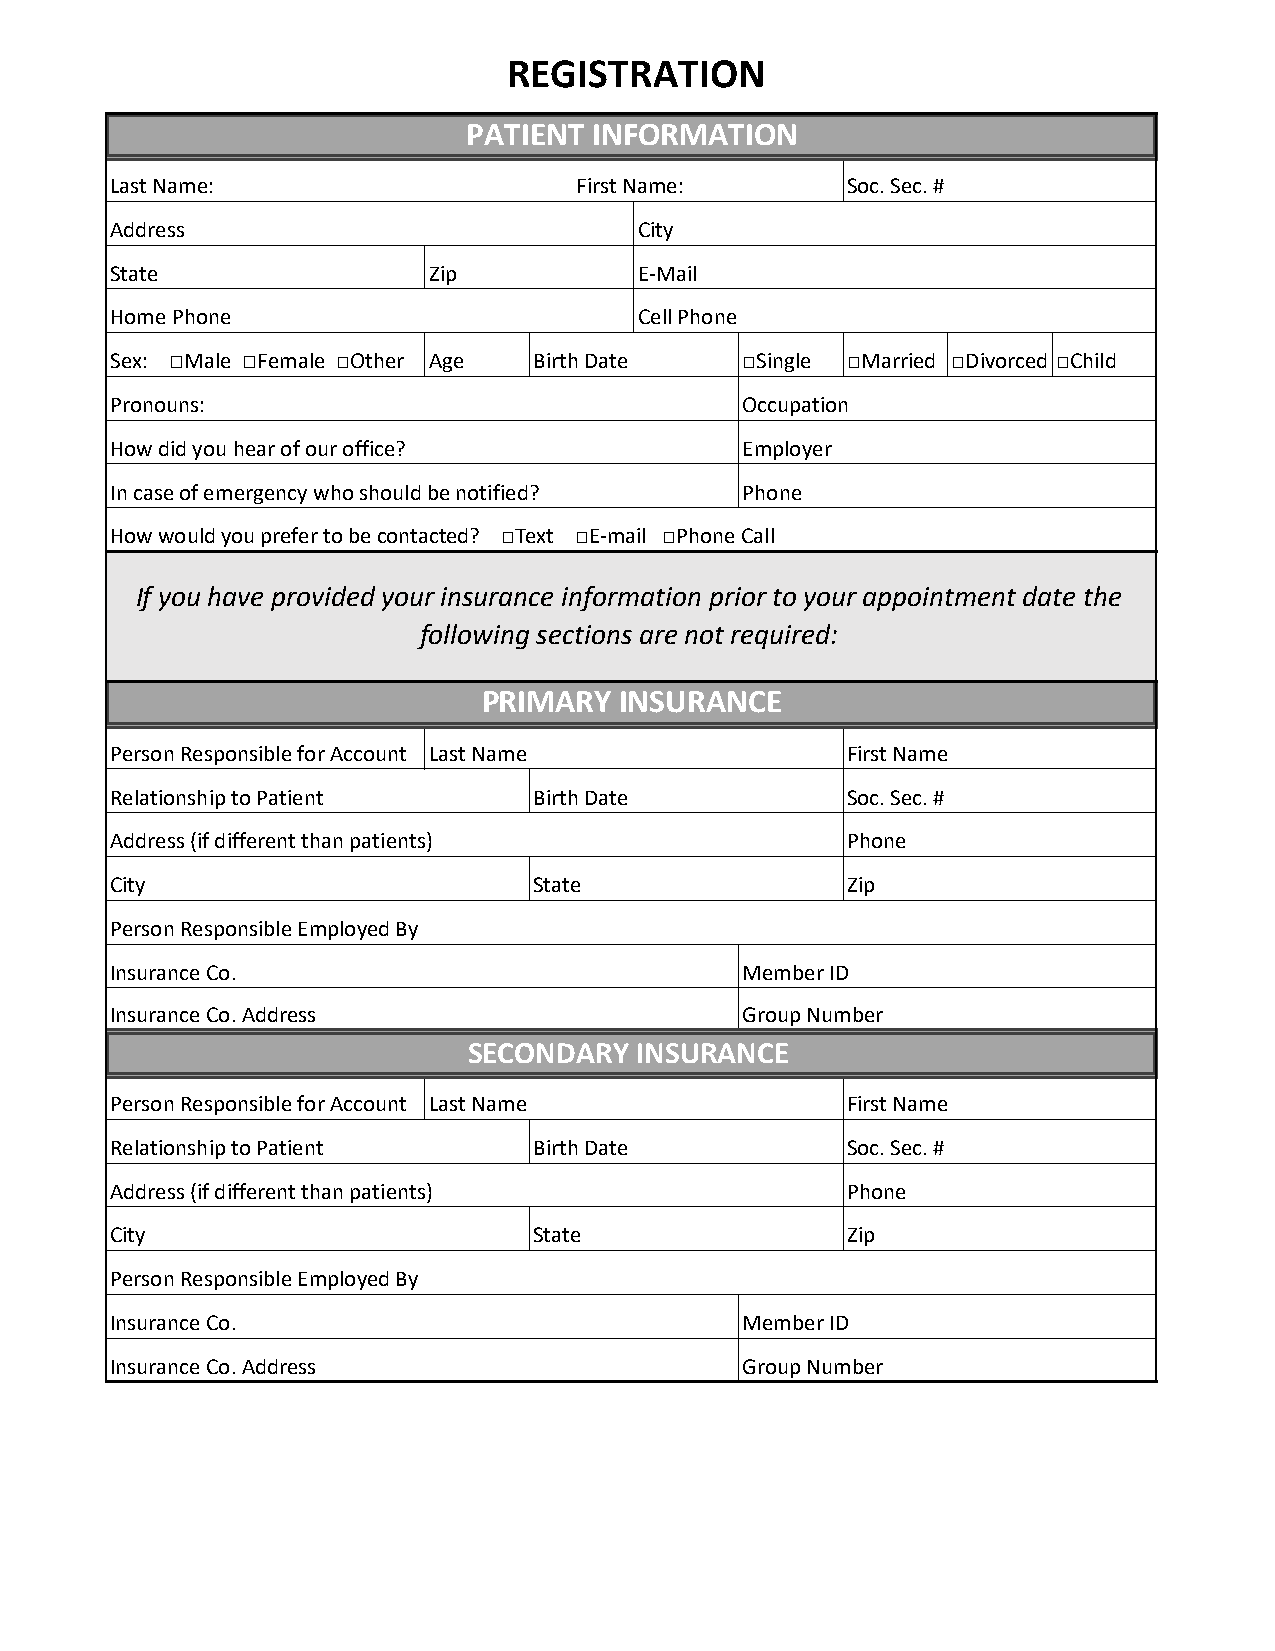
REGISTRATION
 PATIENT INFORMATION
 Last Name:                     First Name:       Soc. Sec. #
 Address                            City
 State                Zip           E-Mail
 Home Phone                         Cell Phone
 Sex: □Male □Female □Other Age Birth Date  □Single □Married □Divorced □Child
 Pronouns:                                 Occupation
 How did you hear of our office?           Employer
 In case of emergency who should be notified? Phone
 How would you prefer to be contacted? □Text □E-mail □Phone Call
 If you have provided your insurance information prior to your appointment date the
 following sections are not required:
 PRIMARY  INSURANCE
 Person Responsible for Account Last Name         First Name
 Relationship to Patient     Birth Date           Soc. Sec. #
 Address (if different than patients)             Phone
 City                        State                Zip
 Person Responsible Employed By
 Insurance Co.                             Member ID
 Insurance Co. Address                     Group Number
 SECONDARY  INSURANCE
 Person Responsible for Account Last Name         First Name
 Relationship to Patient     Birth Date           Soc. Sec. #
 Address (if different than patients)             Phone
 City                        State                Zip
 Person Responsible Employed By
 Insurance Co.                             Member ID
 Insurance Co. Address                     Group Number